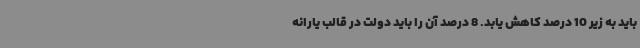
باید به زیر 10 درصد کاهش یابد. 8 درصد آن را باید دولت در قالب یارانه